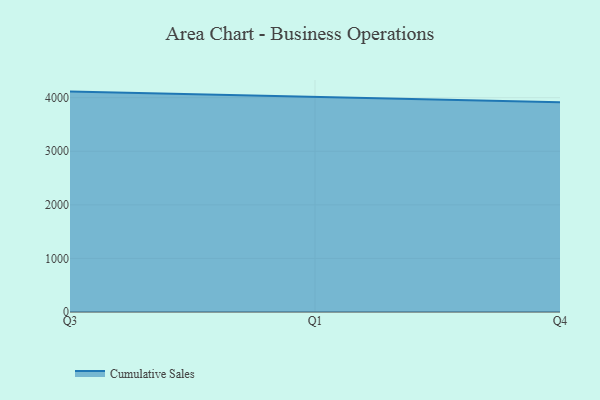
{"axis": {"x": "Quarter", "y": "Gross Profit (USD K)"}, "legend": ["Cumulative Sales"], "data": [{"x": "Q3", "y": 4113.6, "type": "Cumulative Sales"}, {"x": "Q1", "y": 4014.9, "type": "Cumulative Sales"}, {"x": "Q4", "y": 3913.0, "type": "Cumulative Sales"}]}